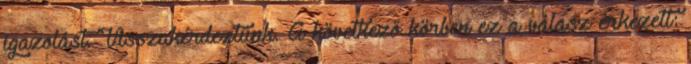
igazolást. Visszakérdeztünk. A következő körben ez a válasz érkezett: